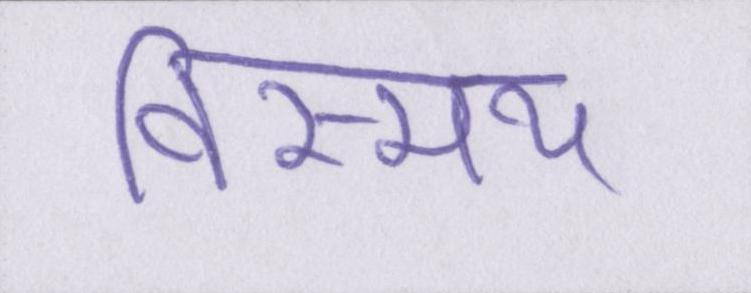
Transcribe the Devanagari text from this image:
विस्मय